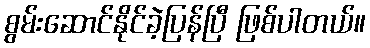
စွမ်းဆောင်နိုင်ခဲ့ပြန်ပြီ ဖြစ်ပါတယ်။